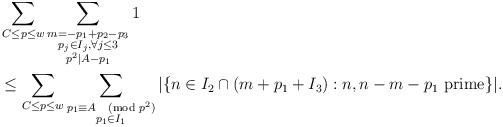
LaTeX: \begin{align*} & \sum_{C \leq p \leq w} \sum_{\substack{m = -p_1 + p_2 - p_3 \\ p_j \in I_j, \forall j \leq 3 \\ p^2 | A - p_1}} 1 \\& \leq \sum_{C \leq p \leq w} \sum_{\substack{p_1 \equiv A \pmod{p^2} \\ p_1 \in I_1}} | \{ n \in I_2 \cap (m+p_1+I_3): n, n-m-p_1 \hbox{ prime}\}|.\end{align*}